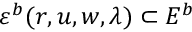
\varepsilon ^ { b } ( r , u , w , \lambda ) \subset E ^ { b }